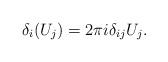
LaTeX: \begin{align*}\delta_i(U_j)=2\pi i\delta_{ij} U_j.\end{align*}